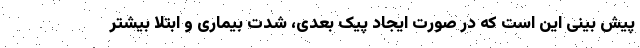
پیش بینی این است که در صورت ایجاد پیک بعدی، شدت بیماری و ابتلا بیشتر